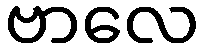
ဗာလေ